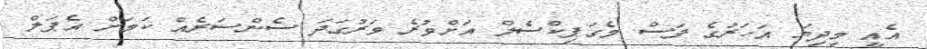
އެއީ މިދިޔަ އަހަރުގެ ފަސް މެގަޕިކްސެލް އަށްވުރެ ވަރުގަދަ ސެންސަރެއް ކަމަށް އެޕަލް